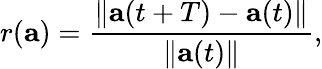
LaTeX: r(\mathbf{a})=\frac{\| \mathbf{a}(t+T)-\mathbf{a}(t)\| }{\| \mathbf{a}(t)\| },